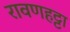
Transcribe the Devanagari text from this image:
रावणहट्टा